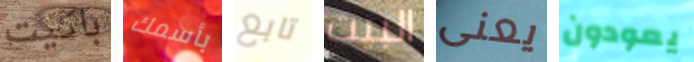
باكيت بأسمك تابع البيت يعنى يعودون